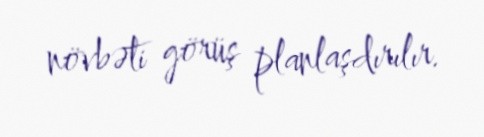
növbəti görüş planlaşdırılır.